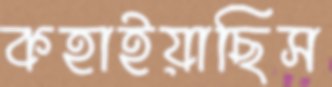
কহাইয়াছিস